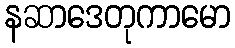
နဆာဒေတုကာမော